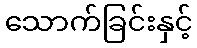
သောက်ခြင်းနှင့်